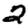
Digit: 2